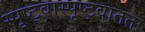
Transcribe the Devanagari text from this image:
स्पृष्ट्वास्पृष्ट्वाततः